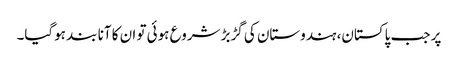
پر جب پاکستان، ہندوستان کی گڑبڑ شروع ہوئی تو ان کا آنا بند ہوگیا۔